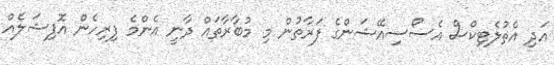
އަދި އެތުލެޓިކްސް އެސޯސިއޭޝަންގެ ފަރާތުން މި މުބާރާތައް ދާނީ އެންމެ ފިރިހެން އޮފިޝަލެއް